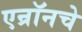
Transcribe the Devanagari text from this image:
एन्रॉनचे